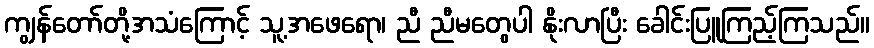
ကျွန်တော်တို့အသံကြောင့် သူ့အဖေရော၊ ညီ ညီမတွေပါ နိုးလာပြီး ခေါင်းပြူကြည့်ကြသည်။